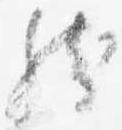
然